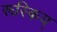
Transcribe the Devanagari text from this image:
रूस्किय्